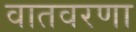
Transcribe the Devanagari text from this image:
वातवरणा